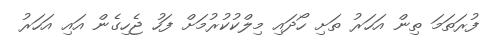
ފުރަތަމަ ތިން އަހަރު ތަށި ހޯދައި މިލްކުކުރުމަށް ފަހު ޖެހިގެން އައި އަހަރު